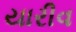
યારીવ